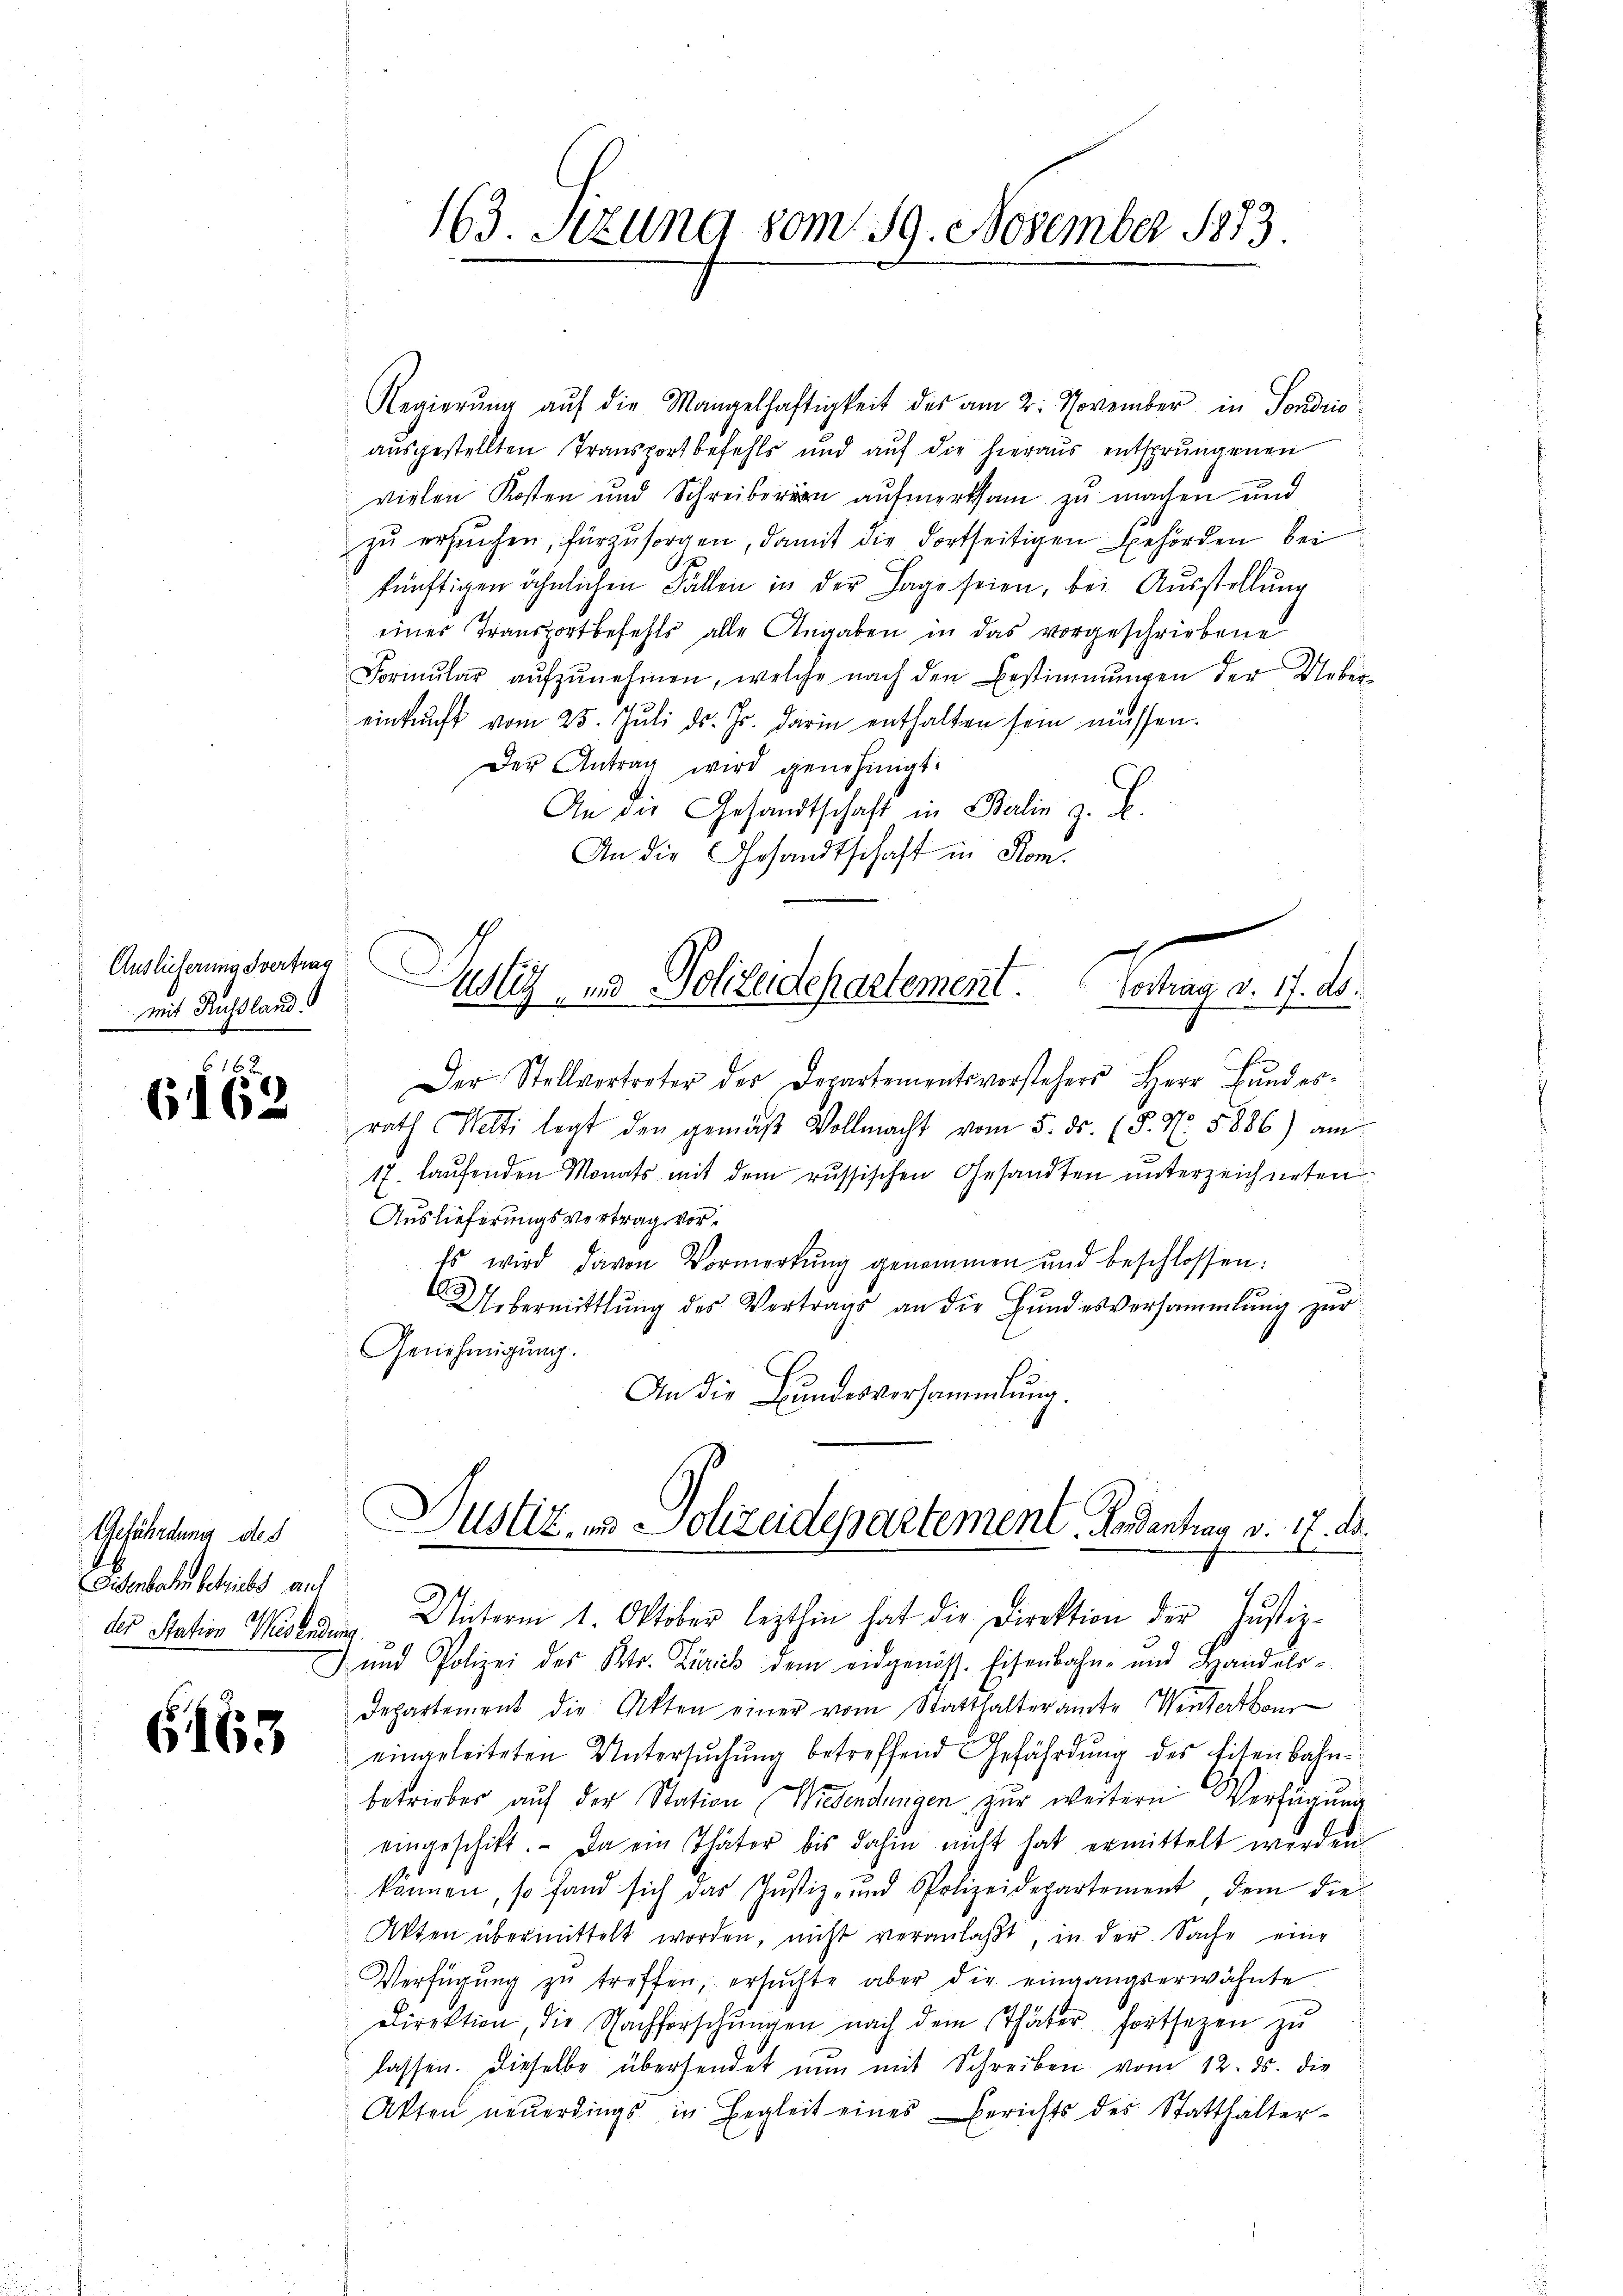
Auslieferung vertrag
mit Russland

616
6162

Gefährdung des
Disenbahn betriebe auf

G163

163. Szung vom 19. November 1873.

Regierŭng aŭf die Mangelhaftigkeit des am 2. November in Sondrio
ausgestellten Transport befehls und aŭf die hieraus entsprungenen
vielen Kosten und Schreiberen aufmerksam zu machen und
zu ersuchen, fürzŭsorgen, damit die dortseitigen Behörden bei
künftigen ähnlichen Fällen in der Lage seien, bei Ausstellung
eines Transport befehls alle Angaben in das vorgeschriebene
Formŭlar aŭfzŭnehmen, welche nach den Bestimmungen der Uebereinkunft vom 25. Jŭli d. Js. darin enthalten sein müssen.
Der Antrag wird genehmigt.
C
An die Gesandtschaft in Balin z. B.
An die Gesandtschaft in Kom¬

Der Stellvertreter der Departementsvorstehers Herr Bunderrath Wetti legt den gemäβ Vollmacht vom 5. ds. (§. Nr. 5886) am
17. laŭfenden Monats mit dem russischen Gesandten unterzeichneten
Auslieferungsvertrag vor¬
Es wird davon Vormerkŭng genommen und beschlossen:
Übermittlung des Vertrags an die Bundesversammlung zur
Genehmigung.
An die Bundesversammlung.

x
Justiz, und Polizeidepartement
Sostrag v. 17. ds.

Justiz & Polizeidepartement. Gendantrag v. 17. d.

der Station den Unterm 1. Oktober lezthin hat die Direktion der Justiz-
 und Polizei des Kts. Zürich dem eidgenöss. Eisenbahn- und Handels-
Departement die Akten einer vom Statthalteramte Winterten
eingeleiteten Untersuchung betreffend Gefährdung des Eisenbahnbetrieber auf der Station Wiesendungen zur weitern Verfügung
eingeschikt. Da ein Thäter bis dahin nicht hat ermittelt werden.
können, so fand sich das Justiz- und Polizeidepartement dem die
Akten übermittelt worden, nicht veranlaßt, in der Sache eine
Verfügung zu treffen, ersuchte aber die eingangserwähnte
Direktion, die Nachforschŭngen nach dem Thäter fortsetzen zŭ
lassen. Dieselbe überhendet nŭn mit Schreiben vom 12. ds. die
Akten neŭerdings in Begleit eines Berichts des Statthalter-